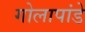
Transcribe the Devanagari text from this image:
गोलापांडे